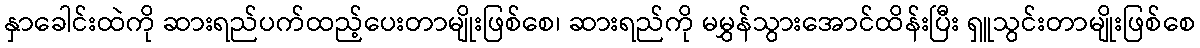
နှာခေါင်းထဲကို ဆားရည်ပက်ထည့်ပေးတာမျိုးဖြစ်စေ၊ ဆားရည်ကို မမွှန်သွားအောင်ထိန်းပြီး ရှူသွင်းတာမျိုးဖြစ်စေ